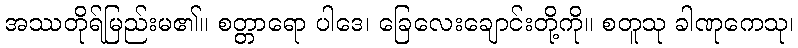
အဿတိုရ်မြည်းမ၏။ စတ္တာရော ပါဒေ၊ ခြေလေးချောင်းတို့ကို။ စတူသု ခါဏုကေသု၊